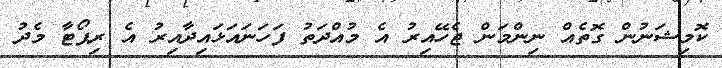
ކޮމިޝަނުން ގޮތެއް ނިންމަން ޖެހޭއިރު އެ މުއްދަތު ފަހަނައަޅައިދާއިރު އެ ރިޕޯޓާ މެދު